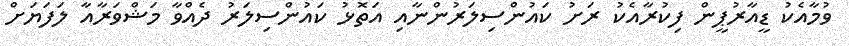
ވުމާއެކު ޑީއާރުޕީން ފިކުރާއެކު ރަށު ކައުންސިލަރުންނާއި އަތޮޅު ކައުންސިލަރު ދެއްވާ މަޝްވަރާއާ ލަފަޔަށް